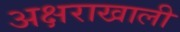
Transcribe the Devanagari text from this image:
अक्षराखाली